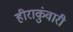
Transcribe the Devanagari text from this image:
हीराकुंवारी